Indian journal of veterinary science and animal husbandry - Volume 13,
Year: 1943
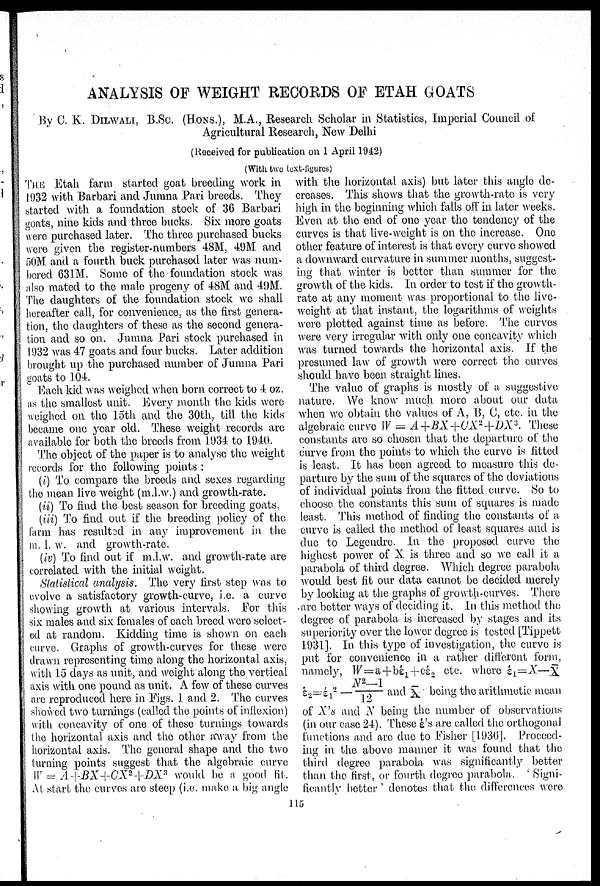
ANALYSIS OF WEIGHT RECORDS OF ETAH GOATS
By C. K. DILWALI, B.Sc. (HONS.), M.A., Research Scholar in Statistics, Imperial Council of
Agricultural Research, New Delhi
(Received for publication on 1 April 1942)
(With two text-flgures)
THE Etah, farm started goat breeding work in
1932 with Barbari and Jumna Pari breeds. They
started with, a foundation stock of 36 Barbari
goats, nine kids and three bucks. Six more goats
were purchased later. The three purchased bucks
were given the register-numbers 48M, 49M and
50M. and a fourth buck purchased later was num-
bered 631M. Some of the foundation stock was
also mated to the male progeny of 48M and 49M.
The daughters of the foundation stock we shall
hereafter call, for convenience, as the first genera-
tion, the daughters of these as the second genera-
tion and so on. Jumna Pari stock purchased in
1932 was 47 goats and four bucks. Later addition
brought up the purchased number of Jumna Pari
goats to 104.
Each kid was weighed when born correct to 4 oz.
as the smallest unit. Every month the kids were
weighed on the 15th and the 30th, till, the kids
became one year old. These weight records are
available for both the breeds from 1934 to 1940.
The object of the paper is to analyse the weight
records for the following points :
(i) To compare the breeds and sexes regarding
the mean live weight (m.l.w.) and growth-rate.
(ii) To find the best season for breeding goats.
(iii) To find out if the breeding policy of the
farm has resultad in any improvement in the
m. 1. w. and growth-rate.
(iv) To find, out if m.l.w. and growth-rate are
correlated with the initial weight.
Statistical analysis. The very first step was to
evolve a satisfactory growth-curve, i.e. a curve
showing growth at various intervals. For this
six males and six females of each breed were select-
ed at random. Kidding time is shown on each
curve. Graphs of growth-curves for these were
drawn representing time along the horizontal axis,
with 15 days as unit, and weight along the vertical
axis with one pound as unit. A few of these curves
are reproduced here in Figs. 1 and 2. The curves
showed two turnings (called the points of inflexion)
with concavity of one of these turnings towards
the horizontal axis and the other awway from the
horizontal axis. The general shape and the two
turning points suggest that the algebraic curve
W = A+BX+CX 2 +DX 3 would be a good fit.
At start the curves are steep (i.e. make a big angle
with the horizontal axis) but later this angle de-
creases. This shows that the growth-rate is very
high in the beginning which falls off in later weeks.
Even at the end of one year the tendency of the
curves is that live-weight is on the increase. One
other feature of interest is that every curve showed
a downward curvature in summer months, suggest-
ing that winter is better than summer for the
growth of the kids. In order to test if the growth-
rate at any moment "was proportional to the live-
weight at that instant, the logarithms of weights
were plotted against time as before. The curves
were very irregular with only one concavity which
was turned towards the horizontal axis. If the
presumed law of growth were correct the curves
should have been straight lines.
The value of graphs is mostly of a suggestive
nature. We know much more about our data
when wo obtain the values of A, B, C, etc. in the
algebraic curve W = A+BX+CX 2 +DX 3 .
These
constants are so chosen that the departure of the
curve from the points to which the curve is fitted.
is least. It has been agreed to measure this de-
parture by the sum of the squares of the deviations
of individual points from the fitted curve. So to
choose the constants this sum of squares is made
least. This method of finding the constants of a
curve is called the method of least squares and is
due to Legendre. In the proposed curve the
highest power of × is three and so we call it a
parabola of third degree. Which degree parabola
would best fit our data cannot be decided merely
by looking at the graphs of growth-curves. There
-are better ways of deciding it. In this method the
degree of parabola is increased by stages and its
superiority over the lower degree is tested [Tippett
1931]. In this type of investigation, the curve is
put for convenience in a rather different form,
namely, W=a+bέ 1 +cέ 2 etc. where έ 1 =X—X
έ=έ1 2 —N 2 —1 /12 and X being the arithmetic mean
of X's and N being the number of observations
(in our case 24). These έ's are called the orthogonal
functions and are clue to Fisher [1936]. Proceed
ing in the above manner it was found that the
third degree parabola was significantly better
than the first, or fourth degree parabola. ' Signi
ficantly better ' denotes that the differences were
115